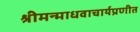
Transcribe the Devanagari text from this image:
श्रीमन्माधवाचार्यप्रणीत